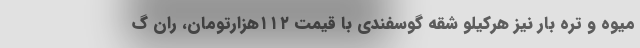
میوه و تره بار نیز هرکیلو شقه گوسفندی با قیمت ۱۱۲هزارتومان، ران گ